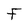
Character: F